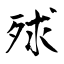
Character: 殏